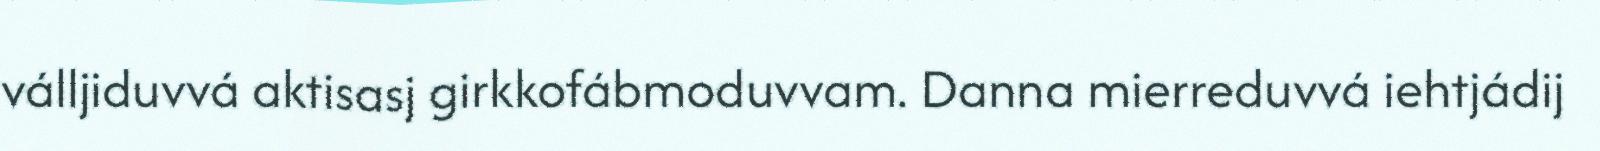
válljiduvvá aktisasj girkkofábmoduvvam. Danna mierreduvvá iehtjádij